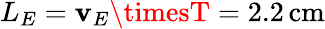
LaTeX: L_{E}=\mathbf{v}_{E}\timesT=2.2\, \mathrm{{cm}}